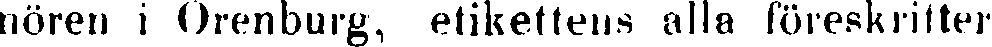
nören i Orenburg, etikettens alla föreskrifter